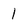
Character: 1